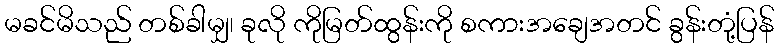
မခင်မိသည် တစ်ခါမျှ၊ ခုလို ကိုမြတ်ထွန်းကို စကားအချေအတင် ခွန်းတုံ့ပြန်